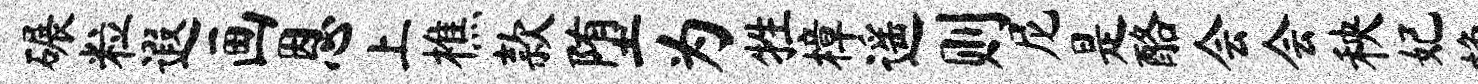
碾粒遐画恩上樵款堕为牲樟遥则尼是酪会会秧妃挽